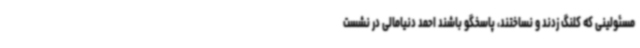
مسئولینی که کلنگ زدند و نساختند، پاسخگو باشند احمد دنیامالی در نشست